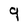
Character: 9